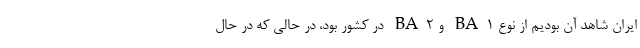
ایران شاهد آن بودیم از نوع BA1 و BA2 در کشور بود، در حالی که در حال